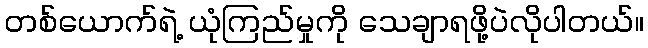
တစ်ယောက်ရဲ့ ယုံကြည်မှုကို သေချာရဖို့ပဲလိုပါတယ်။